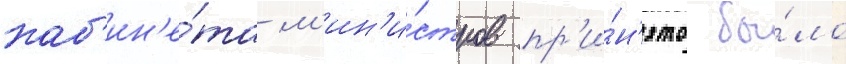
каб'ин'е́та м'ин'и́стров пр'и́н'ято бы́ло